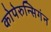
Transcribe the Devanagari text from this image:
कोपेरुन्सिगंन